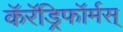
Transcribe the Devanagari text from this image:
कॅरॅड्रिफॉर्मस्